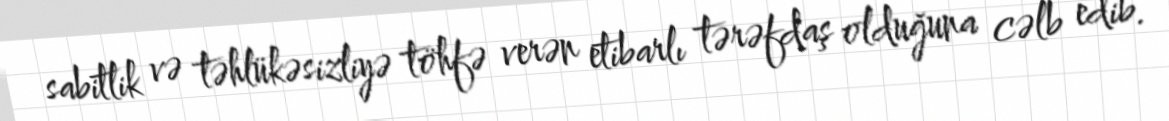
sabitlik və təhlükəsizliyə töhfə verən etibarlı tərəfdaş olduğuna cəlb edib.